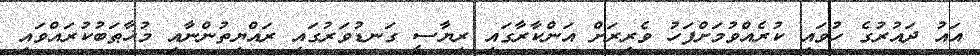
އައު ދައުރުގެ ހުވައި ކުރެއްވުމަށްފަހު ވެރިރަށް އަންކާރާގައި ރިޔާސީ ގަނޑުވަރުގައި ރައްޔިތުންނާއި މުޚާޠަބުކުރައްވައި